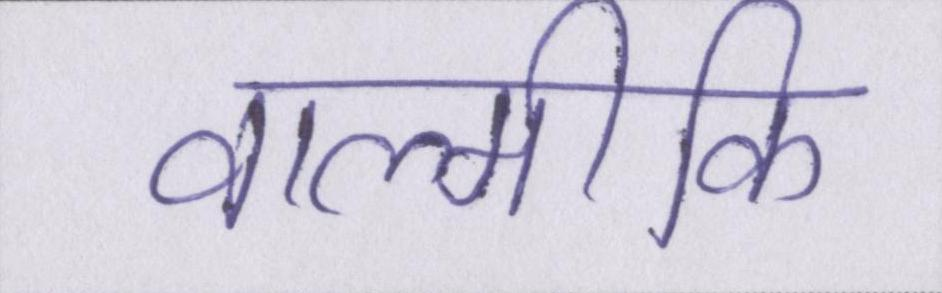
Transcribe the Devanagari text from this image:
वाल्मीकि